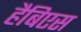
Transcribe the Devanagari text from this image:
हैबिएस